Leucocytozoon canis - Number 26
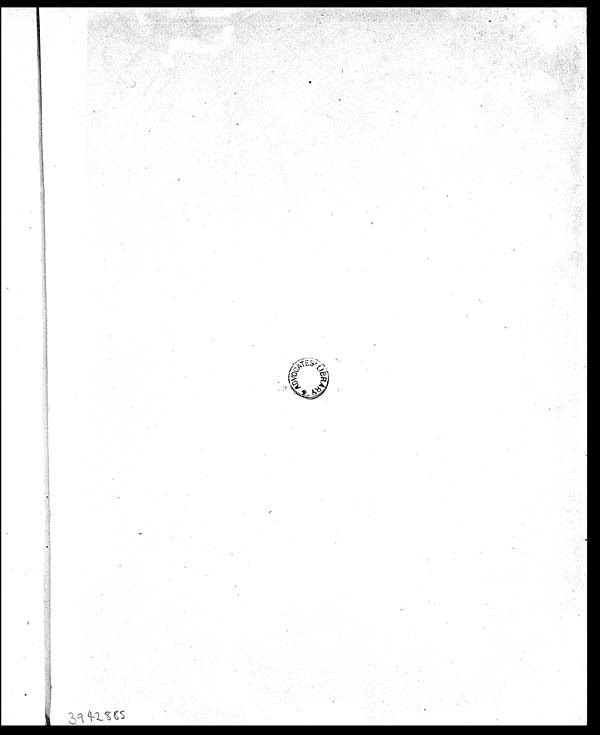
* ADVOCATES LI BRARY
3942885